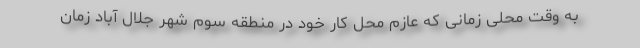
به وقت محلی زمانی که عازم محل کار خود در منطقه سوم شهر جلال آباد زمان